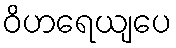
ဝိဟရေယျပေ